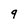
Character: q